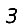
Digit: 3